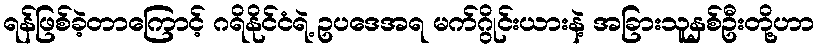
ရန်ဖြစ်ခဲ့တာကြောင့် ဂရိနိုင်ငံရဲ့ ဥပဒေအရ မက်ဂွိုင်းယားနဲ့ အခြားသူနှစ်ဦးတို့ဟာ